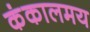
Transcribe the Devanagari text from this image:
कंकालमय